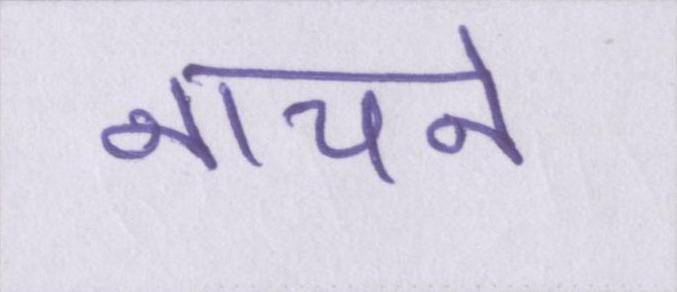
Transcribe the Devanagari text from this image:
नाचने